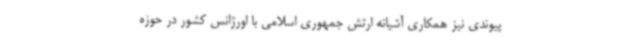
پیوندی نیز همکاری آشیانه ارتش جمهوری اسلامی با اورژانس کشور در حوزه